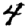
Digit: 4